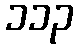
၁၁၃